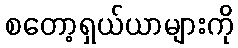
စတော့ရှယ်ယာများကို